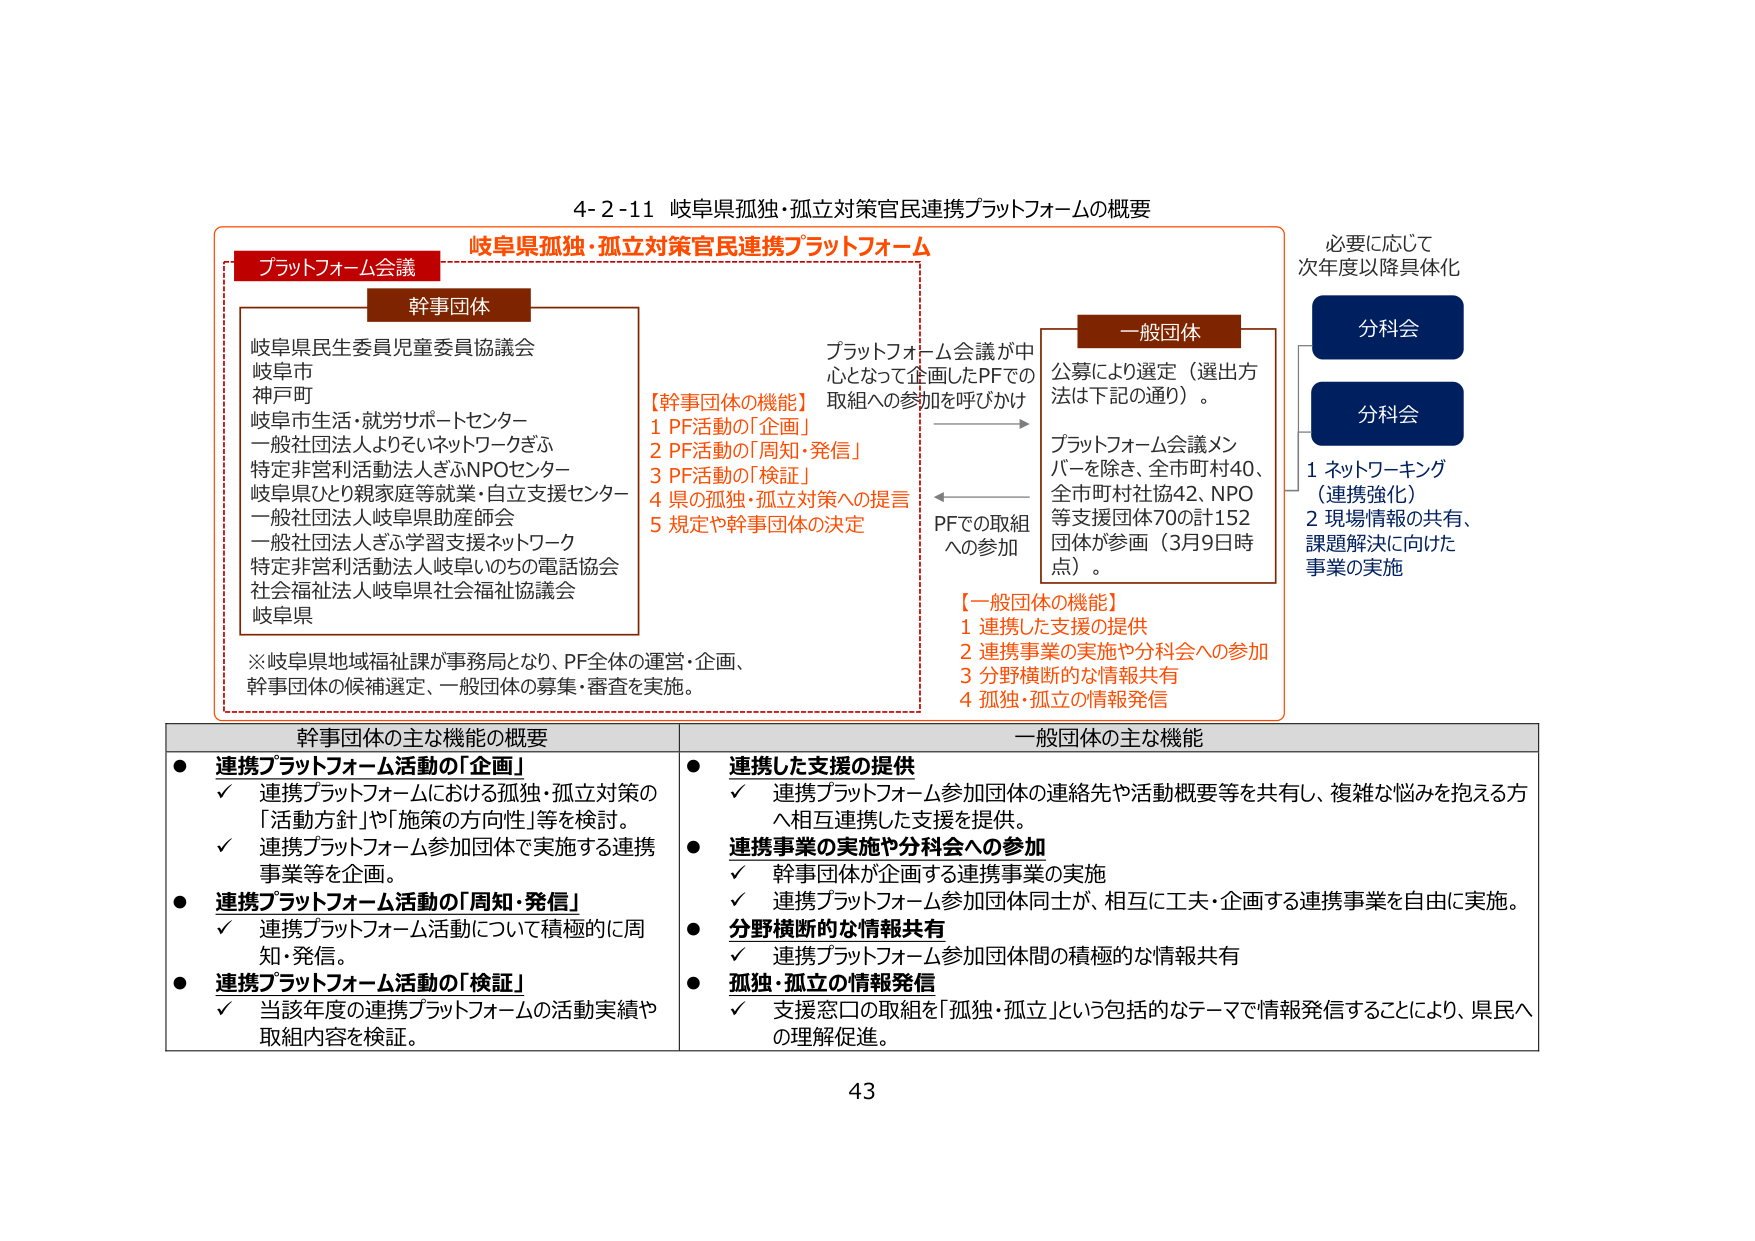
4-2-11 岐阜県孤独・孤立対策官民連携プラットフォームの概要

岐阜県孤独・孤立対策官民連携プラットフォーム

プラットフォーム会議

幹事団体
岐阜県民生委員児童委員協議会
岐阜市
神戸町
岐阜市生活・就労サポートセンター
一般社団法人よりそいネットワークぎふ
特定非営利活動法人ぎふNPOセンター
岐阜県ひとり親家庭等就業・自立支援センター
一般社団法人岐阜県助産師会
一般社団法人ぎふ学習支援ネットワーク
特定非営利活動法人岐阜いのちの電話協会
社会福祉法人岐阜県社会福祉協議会
岐阜県

※岐阜県地域福祉課が事務局となり、PF全体の運営・企画、
幹事団体の候補選定、一般団体の募集・審査を実施。

【幹事団体の機能】
1 PF活動の「企画」
2 PF活動の「周知・発信」
3 PF活動の「検証」
4 県の孤独・孤立対策への提言
5 規定や幹事団体の決定

プラットフォーム会議が中心となって企画したPFでの
取組への参加を呼びかけ

PFでの取組
への参加

一般団体
公募により選定（選出方法は下記の通り）。
プラットフォーム会議メンバーを除き、全市町村40、
全市町村社協42、NPO等支援団体70の計152団体が参画（3月9日時点）。

【一般団体の機能】
1 連携した支援の提供
2 連携事業の実施や分科会への参加
3 分野横断的な情報共有
4 孤独・孤立の情報発信

必要に応じて
次年度以降具体化

分科会

分科会

1 ネットワーキング
（連携強化）
2 現場情報の共有、
課題解決に向けた
事業の実施

幹事団体の主な機能の概要

● 連携プラットフォーム活動の「企画」
✓ 連携プラットフォームにおける孤独・孤立対策の
「活動方針」や「施策の方向性」等を検討。
✓ 連携プラットフォーム参加団体で実施する連携
事業等を企画。

● 連携プラットフォーム活動の「周知・発信」
✓ 連携プラットフォーム活動について積極的に周
知・発信。

● 連携プラットフォーム活動の「検証」
✓ 当該年度の連携プラットフォームの活動実績や
取組内容を検証。

一般団体の主な機能

● 連携した支援の提供
✓ 連携プラットフォーム参加団体の連絡先や活動概要等を共有し、複雑な悩みを抱える方
へ相互連携した支援を提供。

● 連携事業の実施や分科会への参加
✓ 幹事団体が企画する連携事業の実施
✓ 連携プラットフォーム参加団体同士が、相互に工夫・企画する連携事業を自由に実施。

● 分野横断的な情報共有
✓ 連携プラットフォーム参加団体間の積極的な情報共有

● 孤独・孤立の情報発信
✓ 支援窓口の取組を「孤独・孤立」という包括的なテーマで情報発信することにより、県民へ
の理解促進。

43